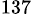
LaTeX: ^\mathrm{137}